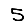
Digit: 5